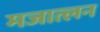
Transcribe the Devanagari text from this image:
मजात्लन